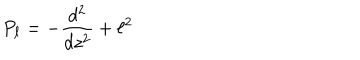
LaTeX: P _ { \ell } = - { \frac { d ^ { 2 } } { d z ^ { 2 } } } + \ell ^ { 2 }